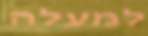
למעלה